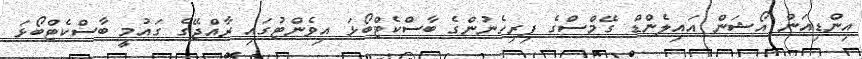
އިންޑިއަން އޯޝަން އައިލެންޑް ގޭމްސްގެ ފިރިހެނުންގެ ބާސްކެޓްބޯޅަ އިވެންޓުގައި ރާއްޖޭގެ ގައުމީ ބާސްކެޓްބޯޅަ